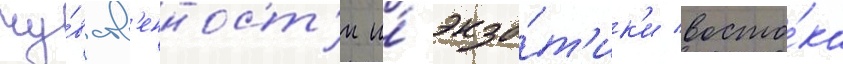
чу́вств'енност'и и́ экзо́т'ик'и восто́ка